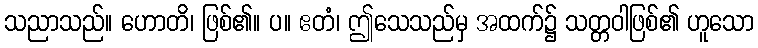
သညာသည်။ ဟောတိ၊ ဖြစ်၏။ ပ။ ဧတံ၊ ဤသေသည်မှ အထက်၌ သတ္တဝါဖြစ်၏ ဟူသော